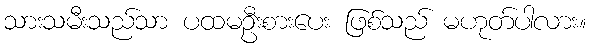
သားသမီးသည်သာ ပထမဦးစားပေး ဖြစ်သည် မဟုတ်ပါလား။